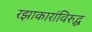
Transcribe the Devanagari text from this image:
रझाकारांविरुद्ध